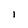
Character: l